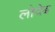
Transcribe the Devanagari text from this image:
लोयेब